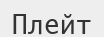
Плейт